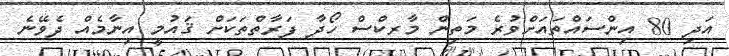
އަދި 80 އިންސައްތައަށްވުރެ މަތިން މާރކްސް ހޯދާ ފަރާތްތަކަށް ޤައުމީ އިނާމެއް ދެވޭނެ